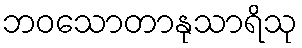
ဘဝသောတာနုသာရိသု